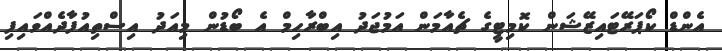
އެންޑް ކޯޕަރޭޓައިޒޭޝަން ކޮމިޓީގެ ޗެއާމަން އަމުޖަދު އިބްރާހިމް އެ ބޯޑުން މިއަދު އިސްތިއުފާދެއްވައިފި